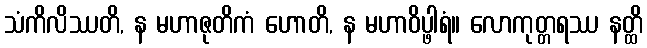
သံကိလိဿတိ, န မဟာဇုတိကံ ဟောတိ, န မဟာဝိပ္ဖါရံ။ လောကုတ္တရဿ နတ္ထိ